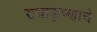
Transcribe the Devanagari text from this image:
राधाकृष्णाचे